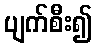
ပျက်စီး၍